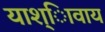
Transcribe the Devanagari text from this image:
याश्ािवाय